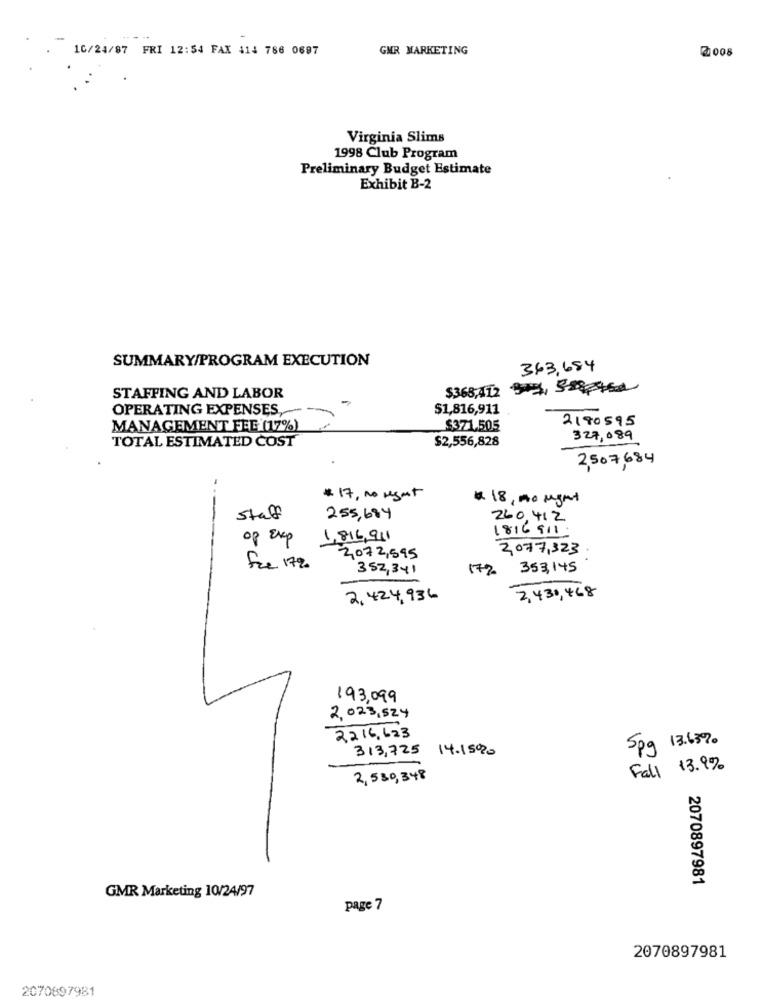
10/24/87 FRI 12:54 FAX 414 786 0697
GMR MARKETING
@008
Virginia Slims
1998 Club Program
Preliminary Budget Estimate
Exhibit B-2
SUMMARY/PROGRAM EXECUTION
363,684
$368,412 1, 528462
STAFFING AND LABOR
OPERATING EXPENSES,
$1,816,911
2180595
MANAGEMENT FEE (17%)
$371.505
TOTAL ESTIMATED COST
$2,556,828
327,089
2,507,684
# 17, no megat
# 18, no ught
staff
255,684
260,412
1816 911.
op Exp
1,816,91
2,077,323
2,072,595
Fre 17%
352,341
17%
353,145
2,424,936
2,430,468
193,099
2, 023, 524
2216,623
313,725 14.15020
Spg 13.63%.
Fall 13.9%
2,580,348
2070897981
GMR Marketing 10/24/97
page 7
2070897981
2070897981